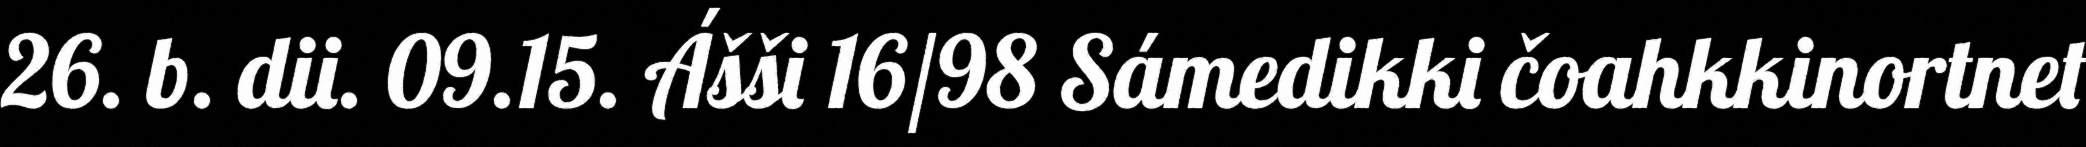
26. b. dii. 09.15. Ášši 16/98 Sámedikki čoahkkinortnet